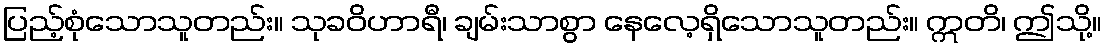
ပြည့်စုံသောသူတည်း။ သုခဝိဟာရီ၊ ချမ်းသာစွာ နေလေ့ရှိသောသူတည်း။ ဣတိ၊ ဤသို့။